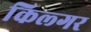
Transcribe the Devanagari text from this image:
किल्‍गर